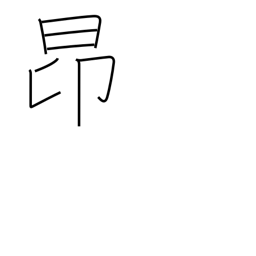
Meaning: rise